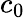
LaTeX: c_{\mathrm{0}}